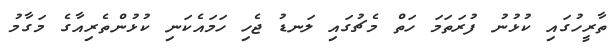
ތާރީހުގައި ކުޅުނު ފުރަތަމަ ހަތް މެޗުގައި ލަނޑު ޖެހި ހަމައެކަނި ކުޅުންތެރިއާގެ މަގާމު